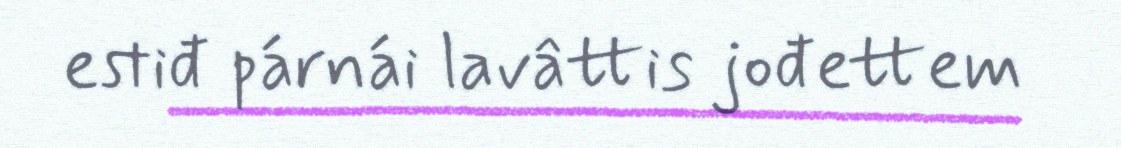
estiđ párnái lavâttis jođettem